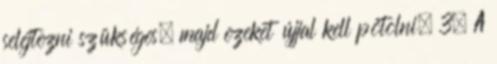
selejtezni szükséges, majd ezeket újjal kell pótolni. 3. A